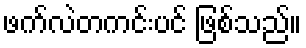
ဖက်လဲတကင်းပင် ဖြစ်သည်။